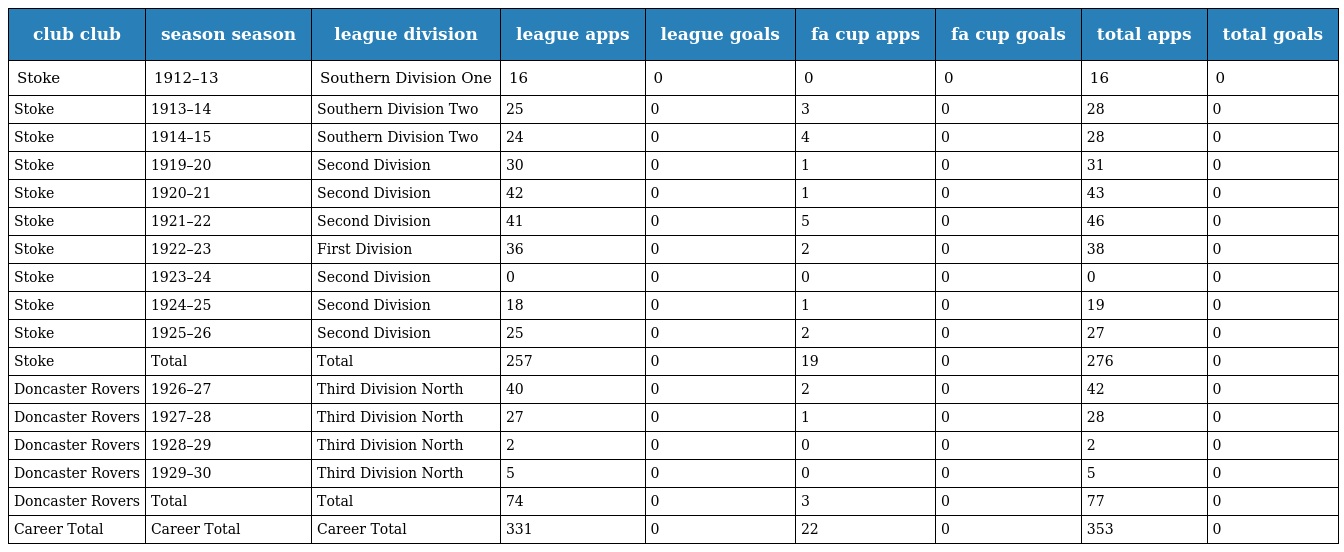
| club club | season season | league division | league apps | league goals | fa cup apps | fa cup goals | total apps | total goals |
 | --- | --- | --- | --- | --- | --- | --- | --- | --- |
 | Stoke | 1912–13 | Southern Division One | 16 | 0 | 0 | 0 | 16 | 0 |
 | Stoke | 1913–14 | Southern Division Two | 25 | 0 | 3 | 0 | 28 | 0 |
 | Stoke | 1914–15 | Southern Division Two | 24 | 0 | 4 | 0 | 28 | 0 |
 | Stoke | 1919–20 | Second Division | 30 | 0 | 1 | 0 | 31 | 0 |
 | Stoke | 1920–21 | Second Division | 42 | 0 | 1 | 0 | 43 | 0 |
 | Stoke | 1921–22 | Second Division | 41 | 0 | 5 | 0 | 46 | 0 |
 | Stoke | 1922–23 | First Division | 36 | 0 | 2 | 0 | 38 | 0 |
 | Stoke | 1923–24 | Second Division | 0 | 0 | 0 | 0 | 0 | 0 |
 | Stoke | 1924–25 | Second Division | 18 | 0 | 1 | 0 | 19 | 0 |
 | Stoke | 1925–26 | Second Division | 25 | 0 | 2 | 0 | 27 | 0 |
 | Stoke | Total | Total | 257 | 0 | 19 | 0 | 276 | 0 |
 | Doncaster Rovers | 1926–27 | Third Division North | 40 | 0 | 2 | 0 | 42 | 0 |
 | Doncaster Rovers | 1927–28 | Third Division North | 27 | 0 | 1 | 0 | 28 | 0 |
 | Doncaster Rovers | 1928–29 | Third Division North | 2 | 0 | 0 | 0 | 2 | 0 |
 | Doncaster Rovers | 1929–30 | Third Division North | 5 | 0 | 0 | 0 | 5 | 0 |
 | Doncaster Rovers | Total | Total | 74 | 0 | 3 | 0 | 77 | 0 |
 | Career Total | Career Total | Career Total | 331 | 0 | 22 | 0 | 353 | 0 |